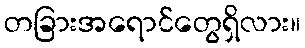
တခြားအရောင်တွေရှိလား။